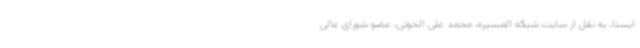
ایسنا، به نقل از سایت شبکه المسیره، محمد علی الحوثی، عضو شورای عالی